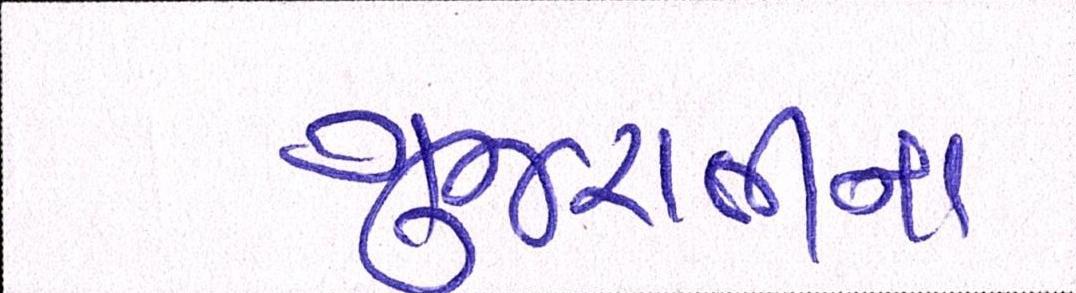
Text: ગુજરાતીના